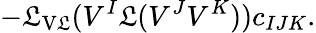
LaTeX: -{\cal\mathfrak{L}}_{\mathrm{{V\mathfrak{L}}}}(V^{I}\mathfrak{L}(V^{J}V^{K}))c_{IJK}.